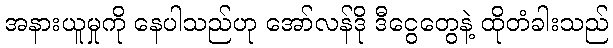
အနားယူမှုကို နေပါသည်ဟု အော်လန်ဒို ဒီငွေတွေနဲ့ ထိုတံခါးသည်